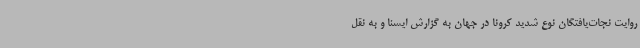
روایت نجات‌یافتگان نوع شدید کرونا در جهان به گزارش ایسنا و به نقل